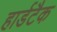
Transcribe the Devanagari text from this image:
हार्डटैक